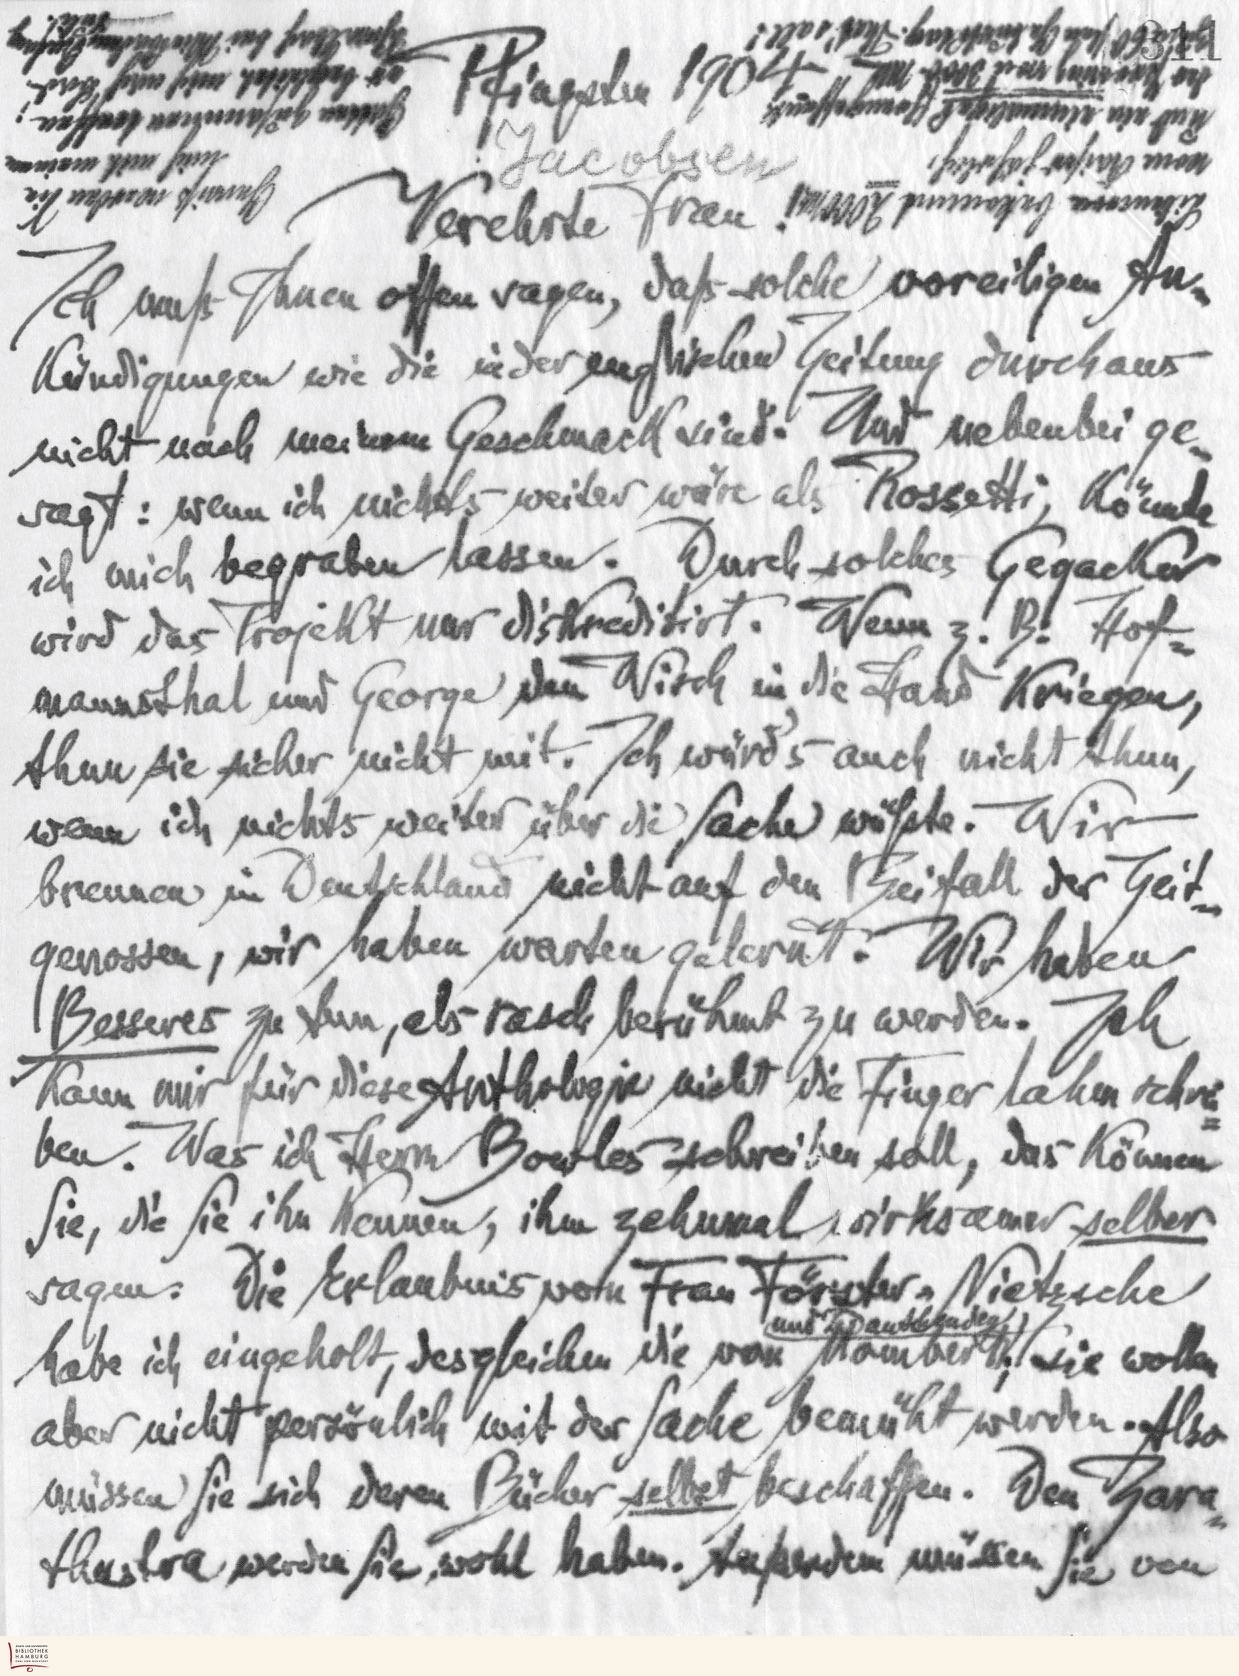
Hamburg bei Mietshaus Anfang Juli
Pfingsten 1904
er begleitet mich auch
Gatten zusammen treffen;
auch eine einmalige Honigofferte
brief mit meinem
vom Kaiser jährlich
Jacobsen
Liliencron bekommt 2000 M
Gewiß werden Sie
Verehrte Frau !
Ich muß Ihnen offen sagen, daß solche voreiligen An-
kündigungen wie die in der englischen Zeitung durchaus
nicht nach meinem Geschmack sind. Nur nebenbei ge-
sagt: wenn ich nichts weiter wäre als Rossetti, könnte
ich mich begraben lassen. Durch solches Gegacker
wird das Projekt nur diskreditiert. Wenn z.B. Hof-
mannsthal und George den Wisch in die Hand kriegen,
thun sie sicher nicht mit. Ich würd's auch nicht thun,
wenn ich nichts weiter über die Sache wüßte. Wir
brennen in Deutschland nicht auf den Beifall der Zeut-
genossen, wir haben warten gelernt. Wir haben
Besseres zu thun, als rasch berühmt zu werden. Ich
kann mir für diese Anthologie nicht die Finger lahm schre-
ben. Was ich Herrn Bowles schreiben soll, das können
Sie, die Sie ihn kennen, ihm zehnmal wirksamer selber
sagen. Die Erlaubnis von Frau Förster-Nietzsche
habe ich eingeholt, deshgleichen die von Mombert; sie wollen
aber nicht persönlich mit der Sache bemüht werden. Also
müssen Sie sich deren Bücher selbst beschaffen. Den Zara-
thustra werden Sie wohl haben. Außerdem müssen Sie von